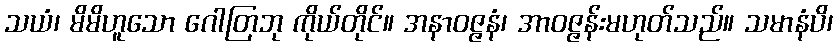
သယံ၊ မိမိဟူသော ဂေါတြဘု ကိုယ်တိုင်။ အနာဝဇ္ဇနံ၊ အာဝဇ္ဇန်းမဟုတ်သည်။ သမာနံပိ၊